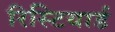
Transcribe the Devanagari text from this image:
रिस्टियार्ड